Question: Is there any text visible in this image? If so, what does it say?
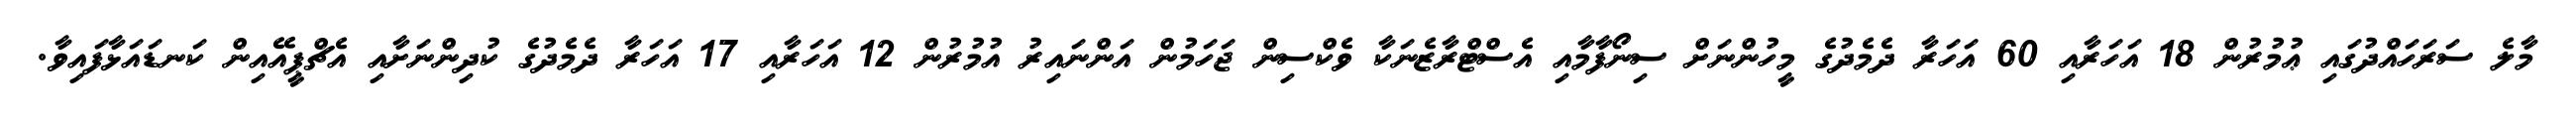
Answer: މާލެ ސަރަހައްދުގައި ޢުމުރުން 18 އަހަރާއި 60 އަހަރާ ދެމެދުގެ މީހުންނަށް ސިނޯފާމާއި އެސްޓްރާޒެނަކާ ވެކްސިން ޖަހަމުން އަންނައިރު އުމުރުން 12 އަހަރާއި 17 އަހަރާ ދެމެދުގެ ކުދިންނަށާއި އެޗްޕީއޭއިން ކަނޑައަޅާފައިވާ.